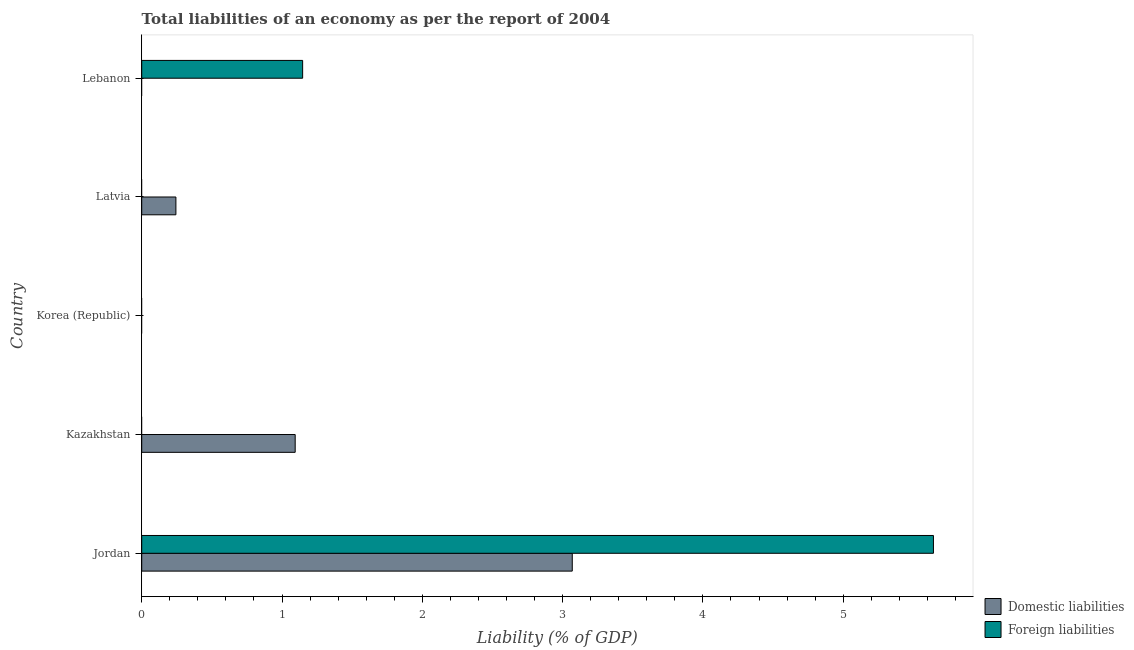
| Country | Domestic liabilities | Foreign liabilities |
 | --- | --- | --- |
 | Jordan | 3.07 | 5.64 |
 | Kazakhstan | 1.09 | -2.99 |
 | Korea (Republic) | -1.4 | -0.841 |
 | Latvia | 0.244 | -0.3 |
 | Lebanon | -1.32 | 1.15 |